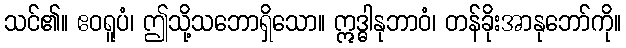
သင်၏။ ဧဝရူပံ၊ ဤသို့သဘောရှိသော။ ဣဒ္ဓါနုဘာဝံ၊ တန်ခိုးအာနုဘော်ကို။